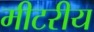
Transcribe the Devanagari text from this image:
मीटरीय